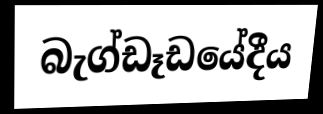
බැග්ඩෑඩයේදීය